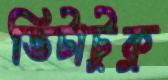
ভিটাটুকু